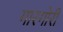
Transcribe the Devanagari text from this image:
गारगोरी